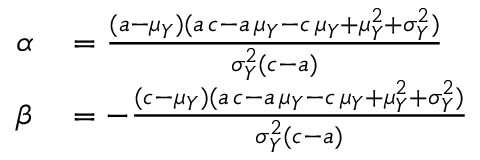
\begin{array} { r l } { \alpha } & { { } = { \frac { ( a - \mu _ { Y } ) ( a \, c - a \, \mu _ { Y } - c \, \mu _ { Y } + \mu _ { Y } ^ { 2 } + \sigma _ { Y } ^ { 2 } ) } { \sigma _ { Y } ^ { 2 } ( c - a ) } } } \\ { \beta } & { { } = - { \frac { ( c - \mu _ { Y } ) ( a \, c - a \, \mu _ { Y } - c \, \mu _ { Y } + \mu _ { Y } ^ { 2 } + \sigma _ { Y } ^ { 2 } ) } { \sigma _ { Y } ^ { 2 } ( c - a ) } } } \end{array}